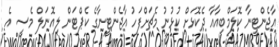
އާޖެންޓީނާ ކޮލަމްބިއާއާ ދެކޮޅަށް ކުޅުނު މެޗަށްފަހު އާޖެންޓީނާގެ ކެޕްޓަން ލިއޮނަލް މެސީ އެ